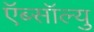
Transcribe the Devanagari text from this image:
ऍब्सॉल्यु